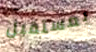
بمستقبل